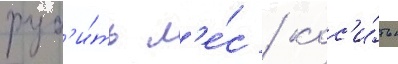
руб'и́ть л'е́с / кос'и́ть